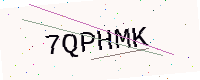
Text: 7QPHMK